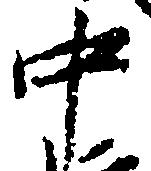
中